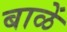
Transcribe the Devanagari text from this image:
बाळें